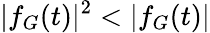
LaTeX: |f_{G}(t)|^{2}<|f_{G}(t)|